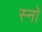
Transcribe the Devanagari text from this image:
स्‍नो